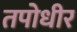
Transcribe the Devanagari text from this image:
तपोधीर